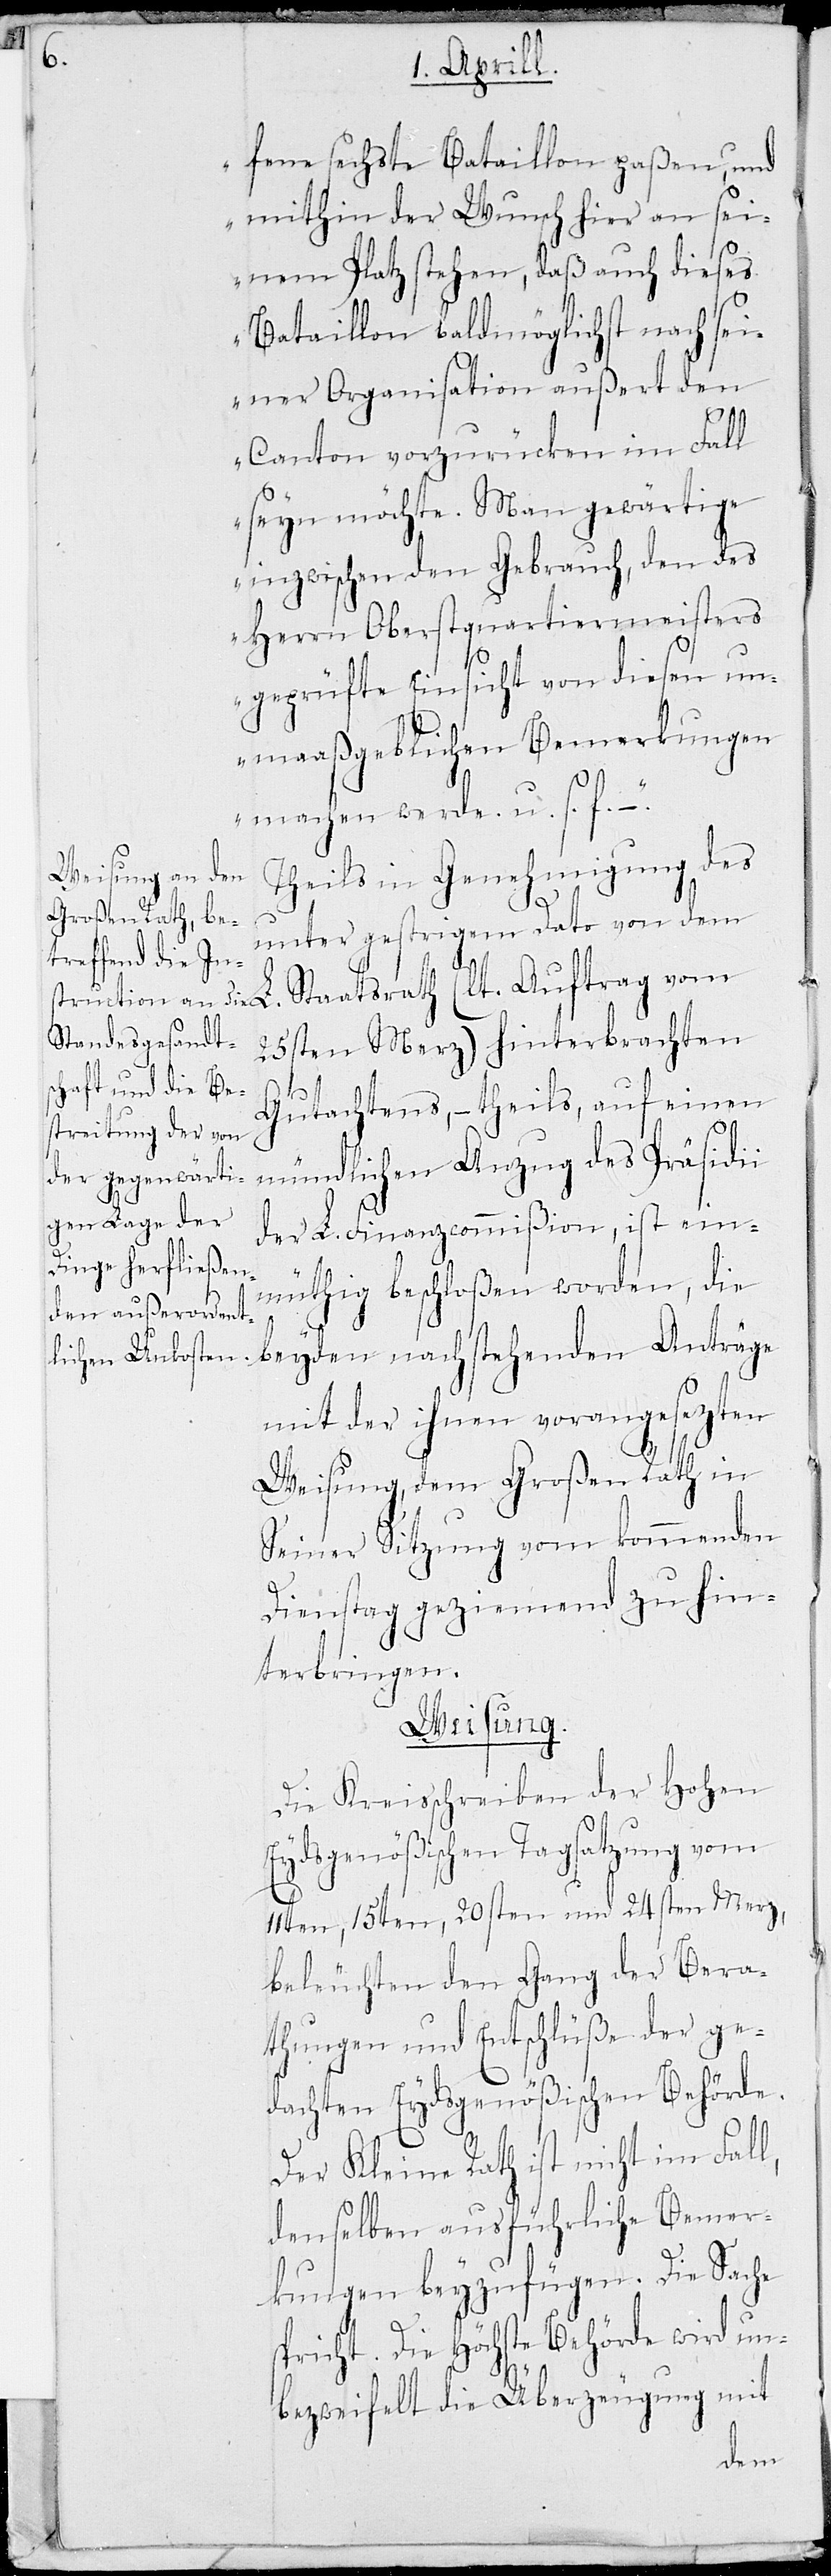
L.

fene sechste Bataillon paßen, und
mithin der Wunsch hier an sei¬
nem Platz stehen, daß auch dieses
Bataillon baldmöglichst nach sei¬
ner Organisation außert den
Canton vorzurücken im Fall
seyn möchte. Man gewärtige
inzwischen den Gebrauch, den des
Herrn Oberstquartiermeister
geprüfte Einsicht von diesen un¬
maaßgeblichen Bemerkungen
machen werde. u. s. f. –“.
Theils in Genehmigung des
unter gestrigem Dato von dem
25sten Merz) hinterbrachten
Gutachtens, – theils, auf einen
mündlichen Anzug des Präsidii
der L. Finanzcommißion, ist ein¬
müthig beschloßen worden, die
beyden nachstehenden Anträge
mit der ihnen vorangesezten
Weisung, dem Großen Rath in
seiner Sitzung vom kommenden
Dienstag geziemend zu hin¬
terbringen.
Weisung.
Ein Kreisschreiben der Hohen
Eydsgenößischen Tagsatzung vom
11ten, 15ten, 20sten und 24sten Merz,
beleuchten den Gang der Bera¬
thungen und Entschlüße der ge¬
dachten Eydsgenößischen Behörde.
Der Kleine Rath ist nicht im Fall,
denselben ausführliche Bemer¬
kungen beyzufügen. Die Sache
spricht. Die Höchste Behörde wird un¬
bezweifelt die Überzeugung mit